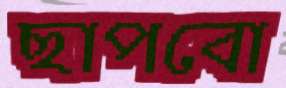
ছাপবো